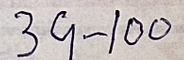
39 - 100